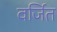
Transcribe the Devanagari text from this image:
वर्जित